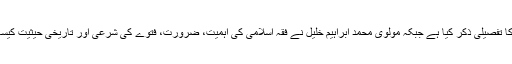
مقدمے میں مرتب نے دارالافتاء کا طریقہ کار اور نظام قضا کا تفصیلی ذکر کیا ہے جبکہ مولوی محمد ابراہیم خلیل نے فقہ اسلامی کی اہمیت، ضرورت، فتوے کی شرعی اور تاریخی حیثیت کیساتھ ساتھ مفتیان کرام کی ذمہ داریوں پر تفصیلی مقالہ لکھا ہے۔